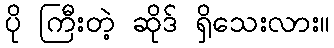
ပို ကြီးတဲ့ ဆိုဒ် ရှိသေးလား။